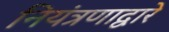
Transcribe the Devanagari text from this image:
नियंत्रणाद्वारे